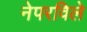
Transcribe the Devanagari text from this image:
नेपरविले